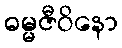
ဓမ္မဇီဝိနော